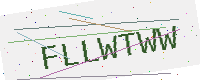
Text: FLLWTWW